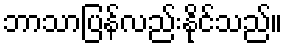
ဘာသာပြန်လည်းနိုင်သည်။